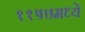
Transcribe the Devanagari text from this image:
११५७मध्ये